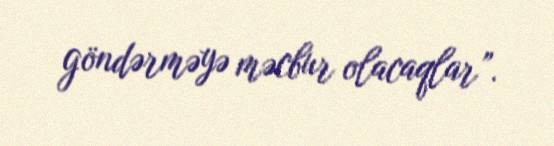
göndərməyə məcbur olacaqlar”.